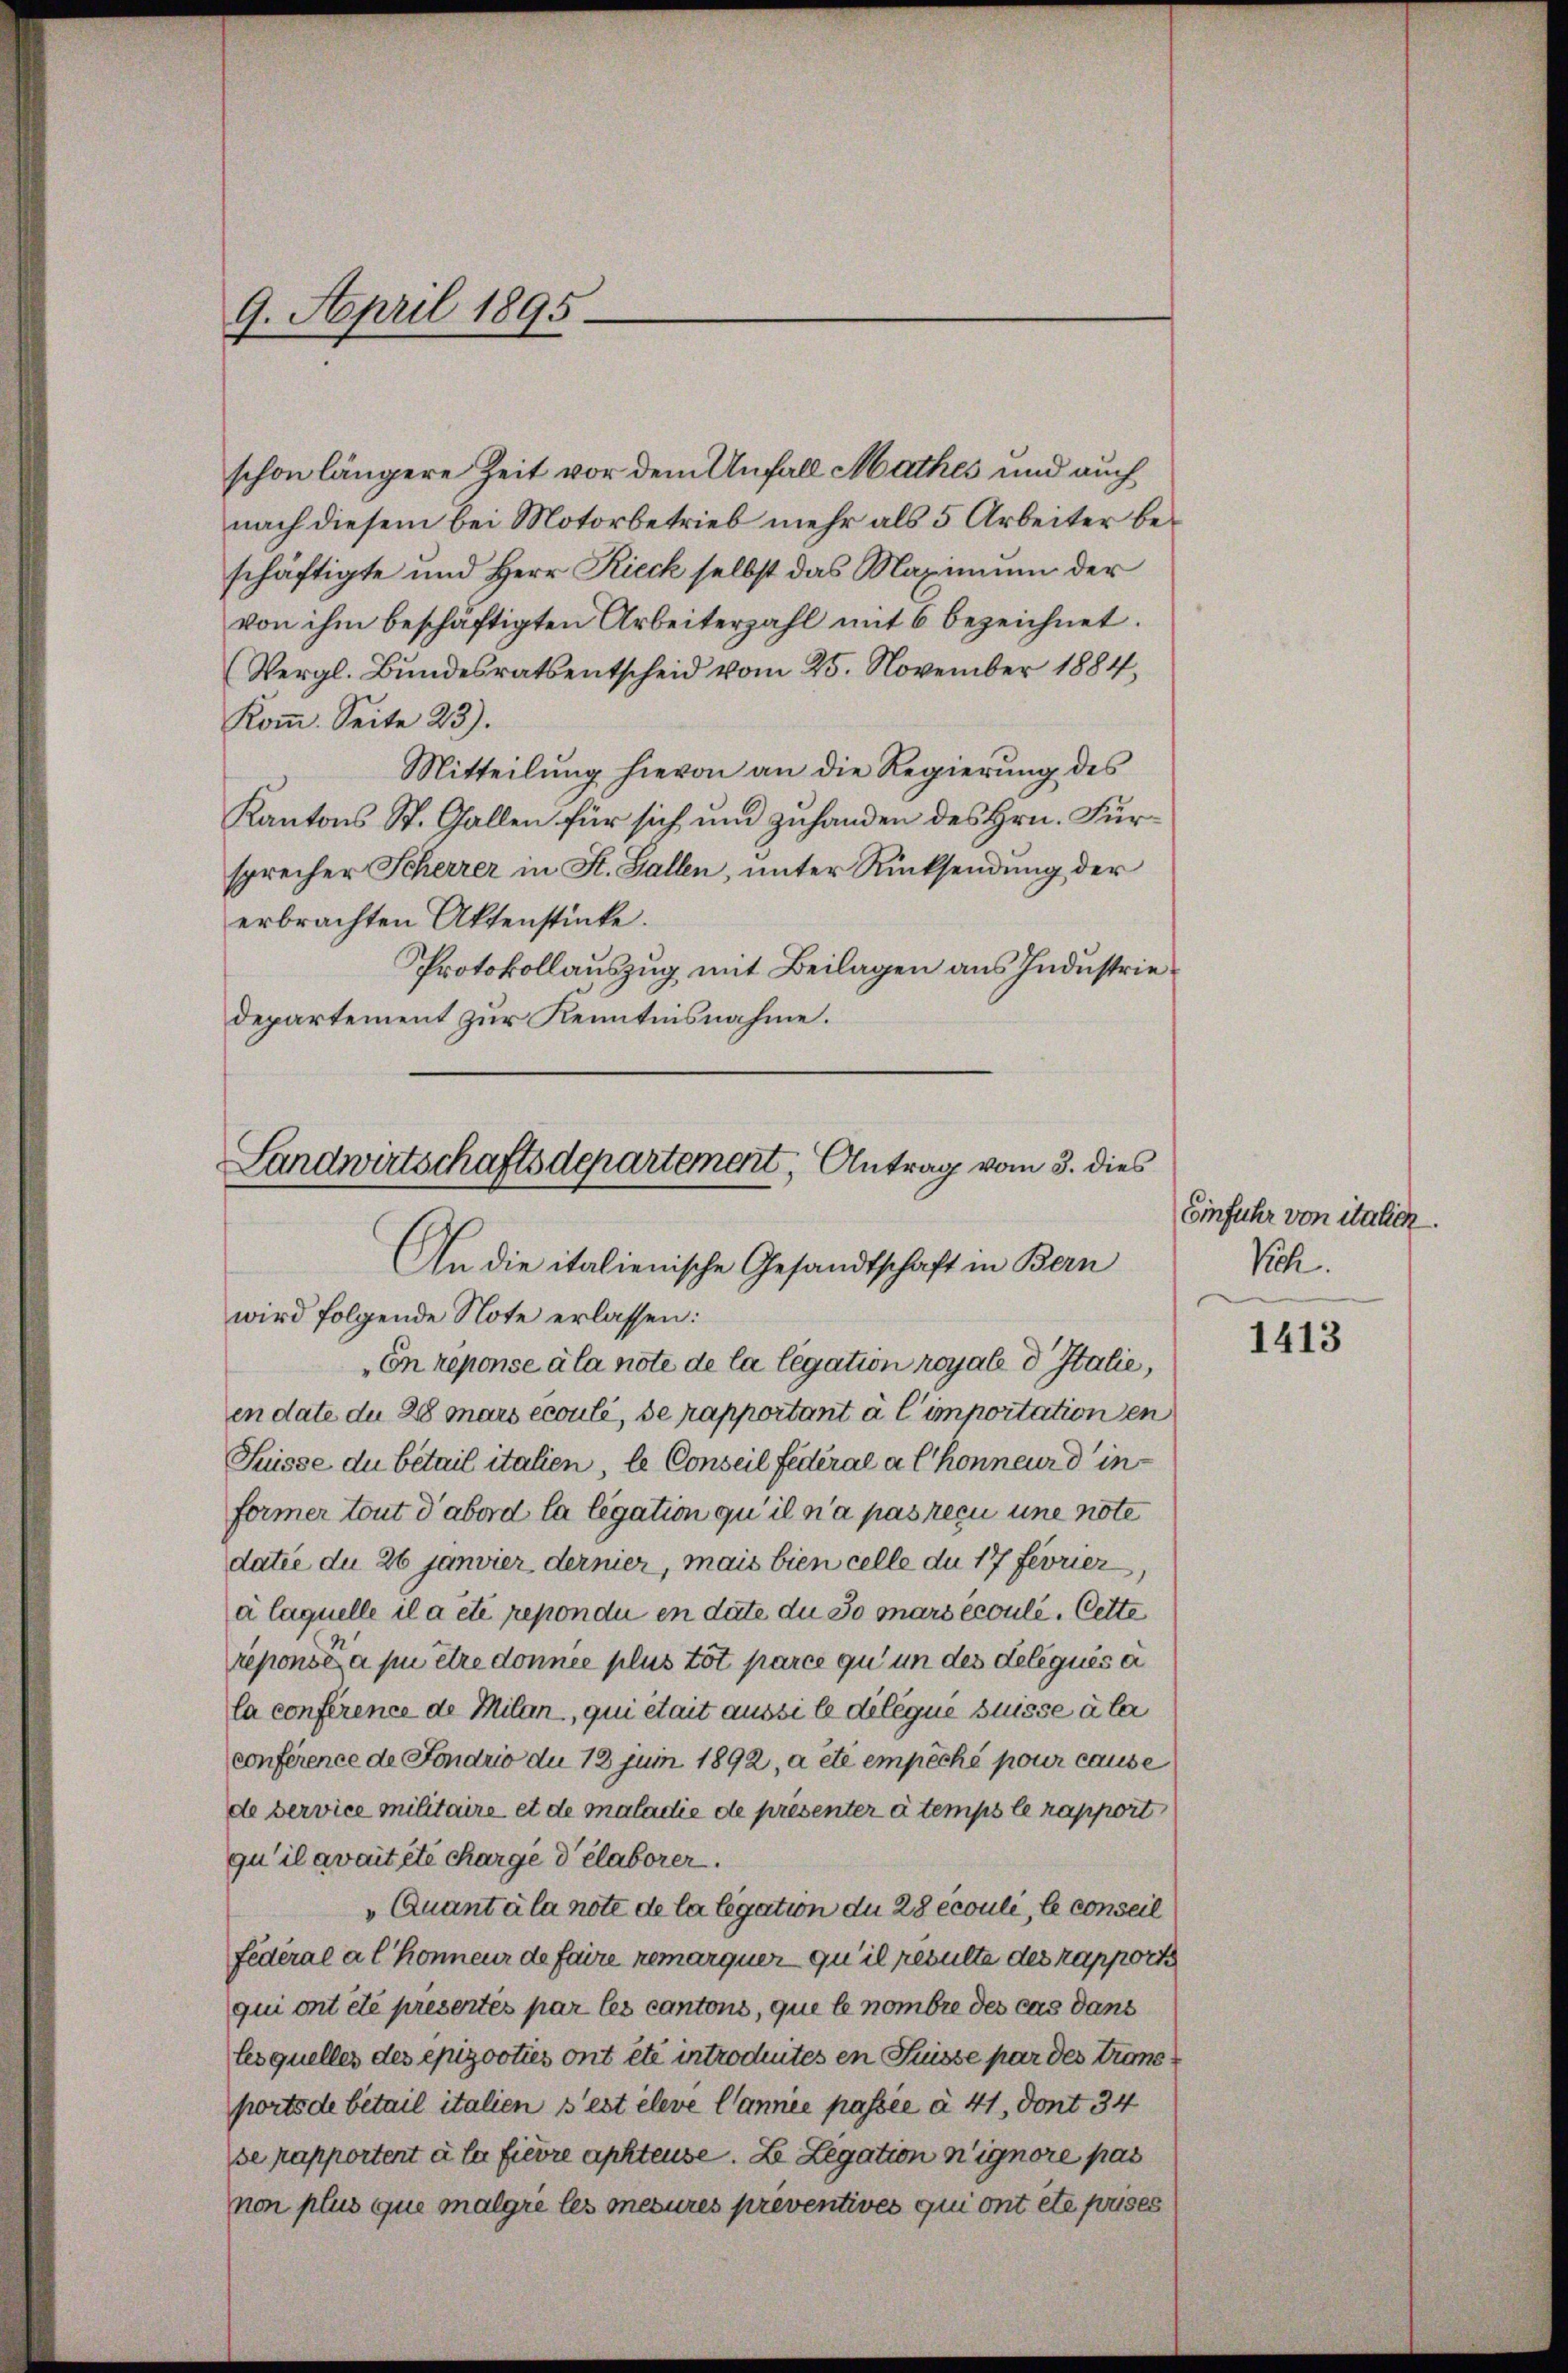
9. April 1895

schon längere Zeit vor dem Unfall Mathes und auch
nach diesem bei Motorbetrieb mehr als 5 Arbeiter beschäftigte und Herr Rieck selbst das Maximum der
von ihm beschäftigten Arbeiterzahl mit 6 bezeichnet.
Vergl. Bundesrats entscheid vom 25. November 1884,
Kom. Seite 23).
Mitteilung hievon an die Regierŭng des
Kantons St. Gallen für sich und zuhanden des Hrn. Fürsprecher Scherrer in St. Gallen, unter Rücksendung der
erbrachten Aktenstücke.
Protokollauszug mit Beilagen aus Industriedepartement zur Kenntnisnahme.

Landwirtschaftsdepartement, Antrag vom 3. dies

An die italienische Gesandtschaft in Bern
wird folgende Note erlassen:
En reponse ala note de la legation royale d Italie,
en date du 28 mars écoule, de rapportant à l’importationen
Suisse du bétail italien, le Conseil Federal a Chonneur dinformer tout d’abord la legation qu’il n’a pas reçu une note
datie du 26 Janvier dernier, mais bien celle du 17 Fevrier
a laquelle il a été repondi en date du so mars écoule. Cette
reponie a pu être donnée plus tot parce qui in des délégués a
la conference de Milan, qui était aussi le délégue suisse aber
conference de Fondrio du 18 jum 1892, a etc empêché pour cause
de service militaire et de maladie de presenter à temps le rapport
qu’il avait été charge delaborer.
Quanta la note de la legation du 28 écouli, le conseil
fédéral a l Honneur de faire remarquer qu’il resulte des rapport
qui ont été presertés par les cantons, que le nombre des cas dans
lesquelles des epizooties ont été introduités en Füsse par des Transports de betail italien s’est éleve l’année passée à 41, dont 34
se rapportent à la fierre aphteuse. Le Legation n’ignore pas
non plus que malgre les mesures preventives qui ont etc prises

Einfuhr von italick.
Sch.

1413